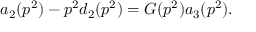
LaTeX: a _ { 2 } ( p ^ { 2 } ) - p ^ { 2 } d _ { 2 } ( p ^ { 2 } ) = G ( p ^ { 2 } ) a _ { 3 } ( p ^ { 2 } ) { } .